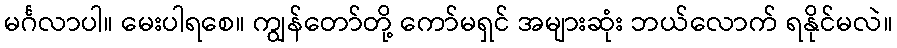
မင်္ဂလာပါ။ မေးပါရစေ။ ကျွန်တော်တို့ ကော်မရှင် အများဆုံး ဘယ်လောက် ရနိုင်မလဲ။